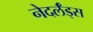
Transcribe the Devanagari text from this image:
नेदर्लँड्स